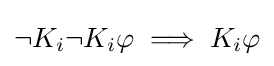
\neg K_{i}\neg K_{i}\varphi \implies K_{i}\varphi